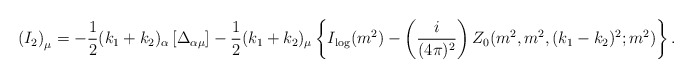
\begin{align*}\left( I_{2}\right) _{\mu }=-\frac{1}{2}(k_{1}+k_{2})_{\alpha }\left[ \Delta_{\alpha \mu }\right] -\frac{1}{2}(k_{1}+k_{2})_{\mu }\left\{ I_{\log}(m^{2})-\left( \frac{i}{(4\pi )^{2}}\right)Z_{0}(m^{2},m^{2},(k_{1}-k_{2})^{2};m^{2})\right\} .\end{align*}